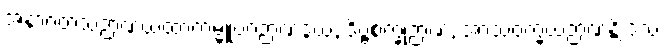
အနာဂတံသဉာဏယထာကမ္မူပဂဉာဏဒွယံ, ဒိဗ္ဗစက္ခုဉာဏံ, အာသဝက္ခယဉာဏန္တိ ဒသ